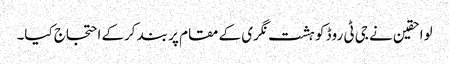
لواحقین نے جی ٹی روڈ کو ہشت نگری کے مقام پر بند کرکے احتجاج کیا۔